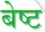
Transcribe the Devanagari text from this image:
बेष्ट